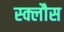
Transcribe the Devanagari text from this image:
स्क्लौस